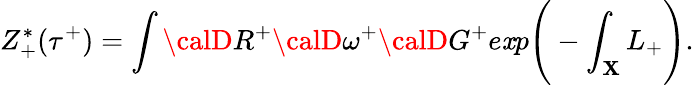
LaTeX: Z_{+}^{*}(\tau^{+})=\int{\calD}R^{+}{\calD}\omega^{+}{\calD}G^{+}e\mathit{x}p\Bigg(-\int_{\mathbf{X}}L_{+}\Bigg).